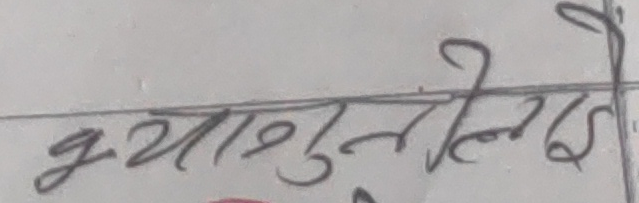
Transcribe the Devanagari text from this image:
क्या सुनिलई